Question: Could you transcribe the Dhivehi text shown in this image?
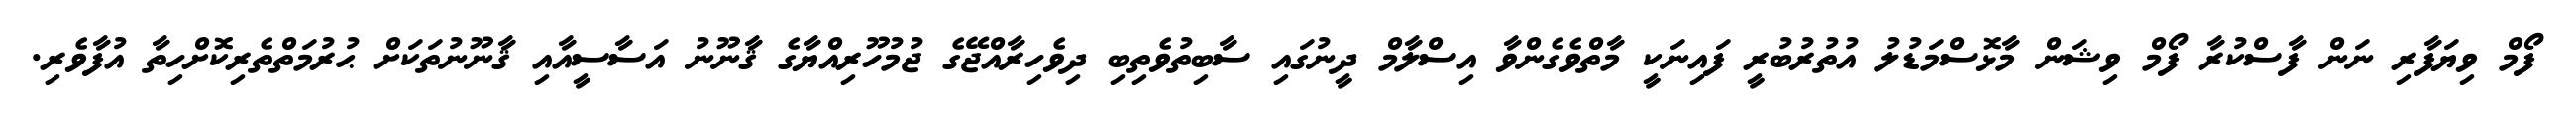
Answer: ފޯމް ވިޔަފާރި ނަން ފާސްކުރާ ފޯމް ވިޝަން މާޅޮސްމަޑުލު އުތުރުބުރީ ފައިނަކީ މާތްވެގެންވާ އިސްލާމް ދީނުގައި ސާބިތުވެތިބި ދިވެހިރާއްޖޭގެ ޖުމުހޫރިއްޔާގެ ޤާނޫނު އަސާސީއާއި ޤާނޫނުތަކަށް ޙުރުމަތްތެރިކޮށްހިތާ އުފާވެރި.